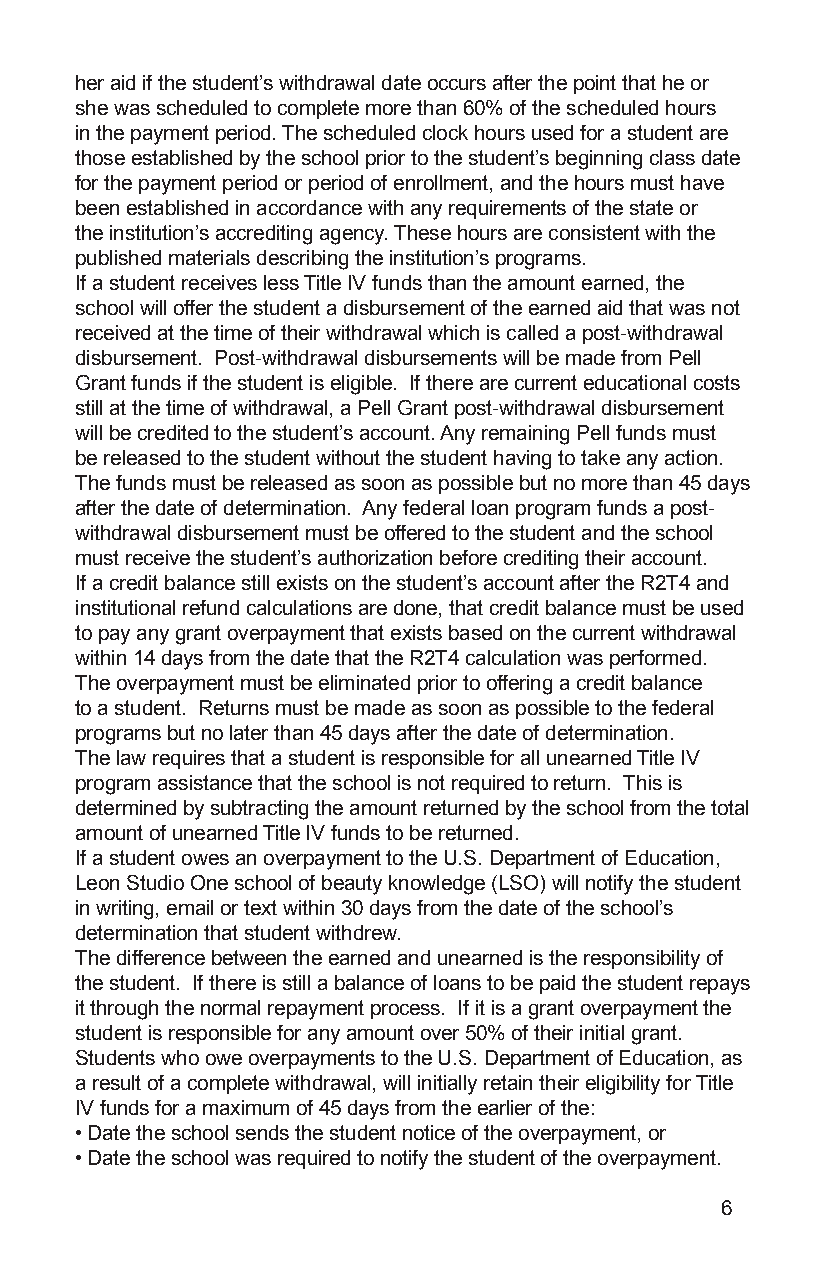
her aid if the student’s withdrawal date occurs after the point that he or
 she was scheduled to complete more than 60% of the scheduled hours
 in the payment period. The scheduled clock hours used for a student are
 those established by the school prior to the student’s beginning class date
 for the payment period or period of enrollment, and the hours must have
 been established in accordance with any requirements of the state or
 the institution’s accrediting agency. These hours are consistent with the
 published materials describing the institution’s programs.
 If a student receives less Title IV funds than the amount earned, the
 school will offer the student a disbursement of the earned aid that was not
 received at the time of their withdrawal which is called a post-withdrawal
 disbursement. Post-withdrawal disbursements will be made from Pell
 Grant funds if the student is eligible. If there are current educational costs
 still at the time of withdrawal, a Pell Grant post-withdrawal disbursement
 will be credited to the student’s account. Any remaining Pell funds must
 be released to the student without the student having to take any action.
 The funds must be released as soon as possible but no more than 45 days
 after the date of determination. Any federal loan program funds a post-
 withdrawal disbursement must be offered to the student and the school
 must receive the student’s authorization before crediting their account.
 If a credit balance still exists on the student’s account after the R2T4 and
 institutional refund calculations are done, that credit balance must be used
 to pay any grant overpayment that exists based on the current withdrawal
 within 14 days from the date that the R2T4 calculation was performed.
 The overpayment must be eliminated prior to offering a credit balance
 to a student. Returns must be made as soon as possible to the federal
 programs but no later than 45 days after the date of determination.
 The law requires that a student is responsible for all unearned Title IV
 program assistance that the school is not required to return. This is
 determined by subtracting the amount returned by the school from the total
 amount of unearned Title IV funds to be returned.
 If a student owes an overpayment to the U.S. Department of Education,
 Leon Studio One school of beauty knowledge (LSO) will notify the student
 in writing, email or text within 30 days from the date of the school’s
 determination that student withdrew.
 The difference between the earned and unearned is the responsibility of
 the student. If there is still a balance of loans to be paid the student repays
 it through the normal repayment process. If it is a grant overpayment the
 student is responsible for any amount over 50% of their initial grant.
 Students who owe overpayments to the U.S. Department of Education, as
 a result of a complete withdrawal, will initially retain their eligibility for Title
 IV funds for a maximum of 45 days from the earlier of the:
 • Date the school sends the student notice of the overpayment, or
 • Date the school was required to notify the student of the overpayment.
 6